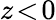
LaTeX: z\! <\! 0